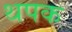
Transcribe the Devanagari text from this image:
थपक